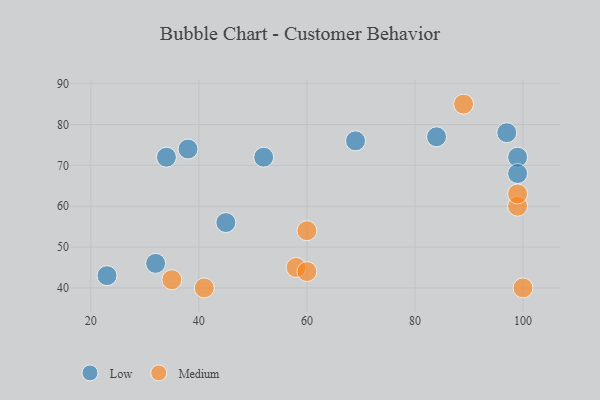
{"axis": {"x": "GDP", "y": "Life Expectancy"}, "legend": ["Low", "Medium"], "data": [{"x": "45", "y": 56, "type": "Low"}, {"x": "84", "y": 77, "type": "Low"}, {"x": "52", "y": 72, "type": "Low"}, {"x": "97", "y": 78, "type": "Low"}, {"x": "32", "y": 46, "type": "Low"}, {"x": "23", "y": 43, "type": "Low"}, {"x": "99", "y": 72, "type": "Low"}, {"x": "69", "y": 76, "type": "Low"}, {"x": "34", "y": 72, "type": "Low"}, {"x": "38", "y": 74, "type": "Low"}, {"x": "99", "y": 68, "type": "Low"}, {"x": "58", "y": 45, "type": "Medium"}, {"x": "99", "y": 60, "type": "Medium"}, {"x": "60", "y": 44, "type": "Medium"}, {"x": "60", "y": 54, "type": "Medium"}, {"x": "41", "y": 40, "type": "Medium"}, {"x": "100", "y": 40, "type": "Medium"}, {"x": "89", "y": 85, "type": "Medium"}, {"x": "99", "y": 63, "type": "Medium"}, {"x": "35", "y": 42, "type": "Medium"}]}